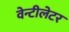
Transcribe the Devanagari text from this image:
वेन्टीलेटर